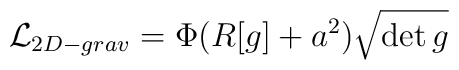
{\cal L}_{2D-grav}=\Phi(R[g]+a^2) \sqrt { \det g}